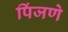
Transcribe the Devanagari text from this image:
पिंजणे